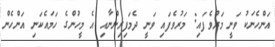
އަންހެނަކު ވަނީ މަރުވެފައި: މަރުވެފައި ވަނީ ދެމަފިރިންނާއި އެ މީހުންގެ ހަމައެކަނި އަންހެން